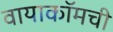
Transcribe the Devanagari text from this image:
वायाकॉमची